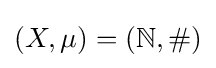
(X,\mu )=(\mathbb {N} ,\#)